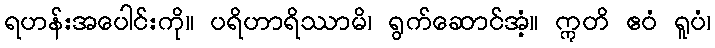
ရဟန်းအပေါင်းကို။ ပရိဟာရိဿာမိ၊ ရွက်ဆောင်အံ့။ ဣတိ ဧဝံ ရူပံ၊